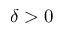
\delta > 0